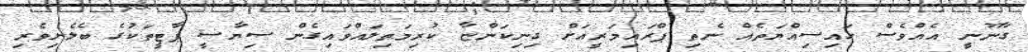
ގާނޫނީ އެއްވެސް ހައިސިއްޔަތެއް ނެތި ޕްރައިމަރީއަށް ގިނިކަންޏާ ކުރިމަތިލައްވައިގެން ސިޔާސީ ޕާޓީތަކުގެ ބެލެނިވެރި